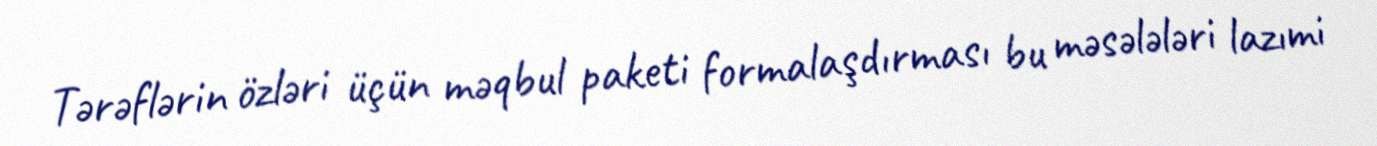
Tərəflərin özləri üçün məqbul paketi formalaşdırması bu məsələləri lazımi